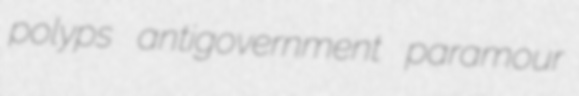
polyps antigovernment paramour